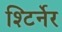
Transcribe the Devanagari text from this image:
श्टिर्नेर